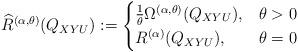
LaTeX: \begin{align*}\widehat{R}^{(\alpha,\theta)}(Q_{XYU}):=\begin{cases}\frac{1}{\theta}\Omega^{(\alpha,\theta)}(Q_{XYU}), & \theta>0\\R^{(\alpha)}(Q_{XYU}), & \theta=0\end{cases}\end{align*}